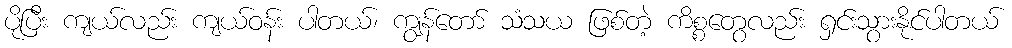
ပိုပြီး ကျယ်လည်း ကျယ်ဝန်း ပါတယ်၊ ကျွန်တော် သံသယ ဖြစ်တဲ့ ကိစ္စတွေလည်း ရှင်းသွားနိုင်ပါတယ်